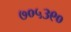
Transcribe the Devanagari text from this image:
७०५३९०